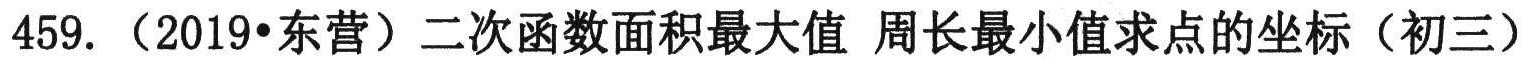
459. （2019•东营）二次函数面积最大值 周长最小值求点的坐标（初三）